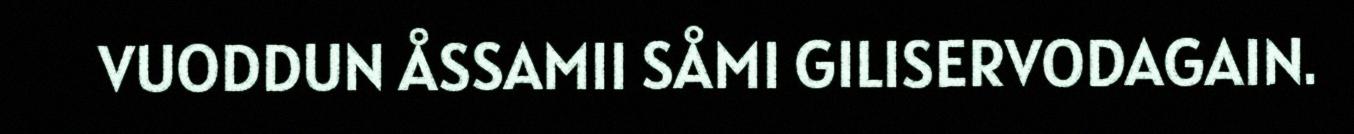
VUODDUN ÅSSAMII SÅMI GILISERVODAGAIN.